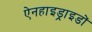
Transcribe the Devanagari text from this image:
ऐनहाइड्राइडों